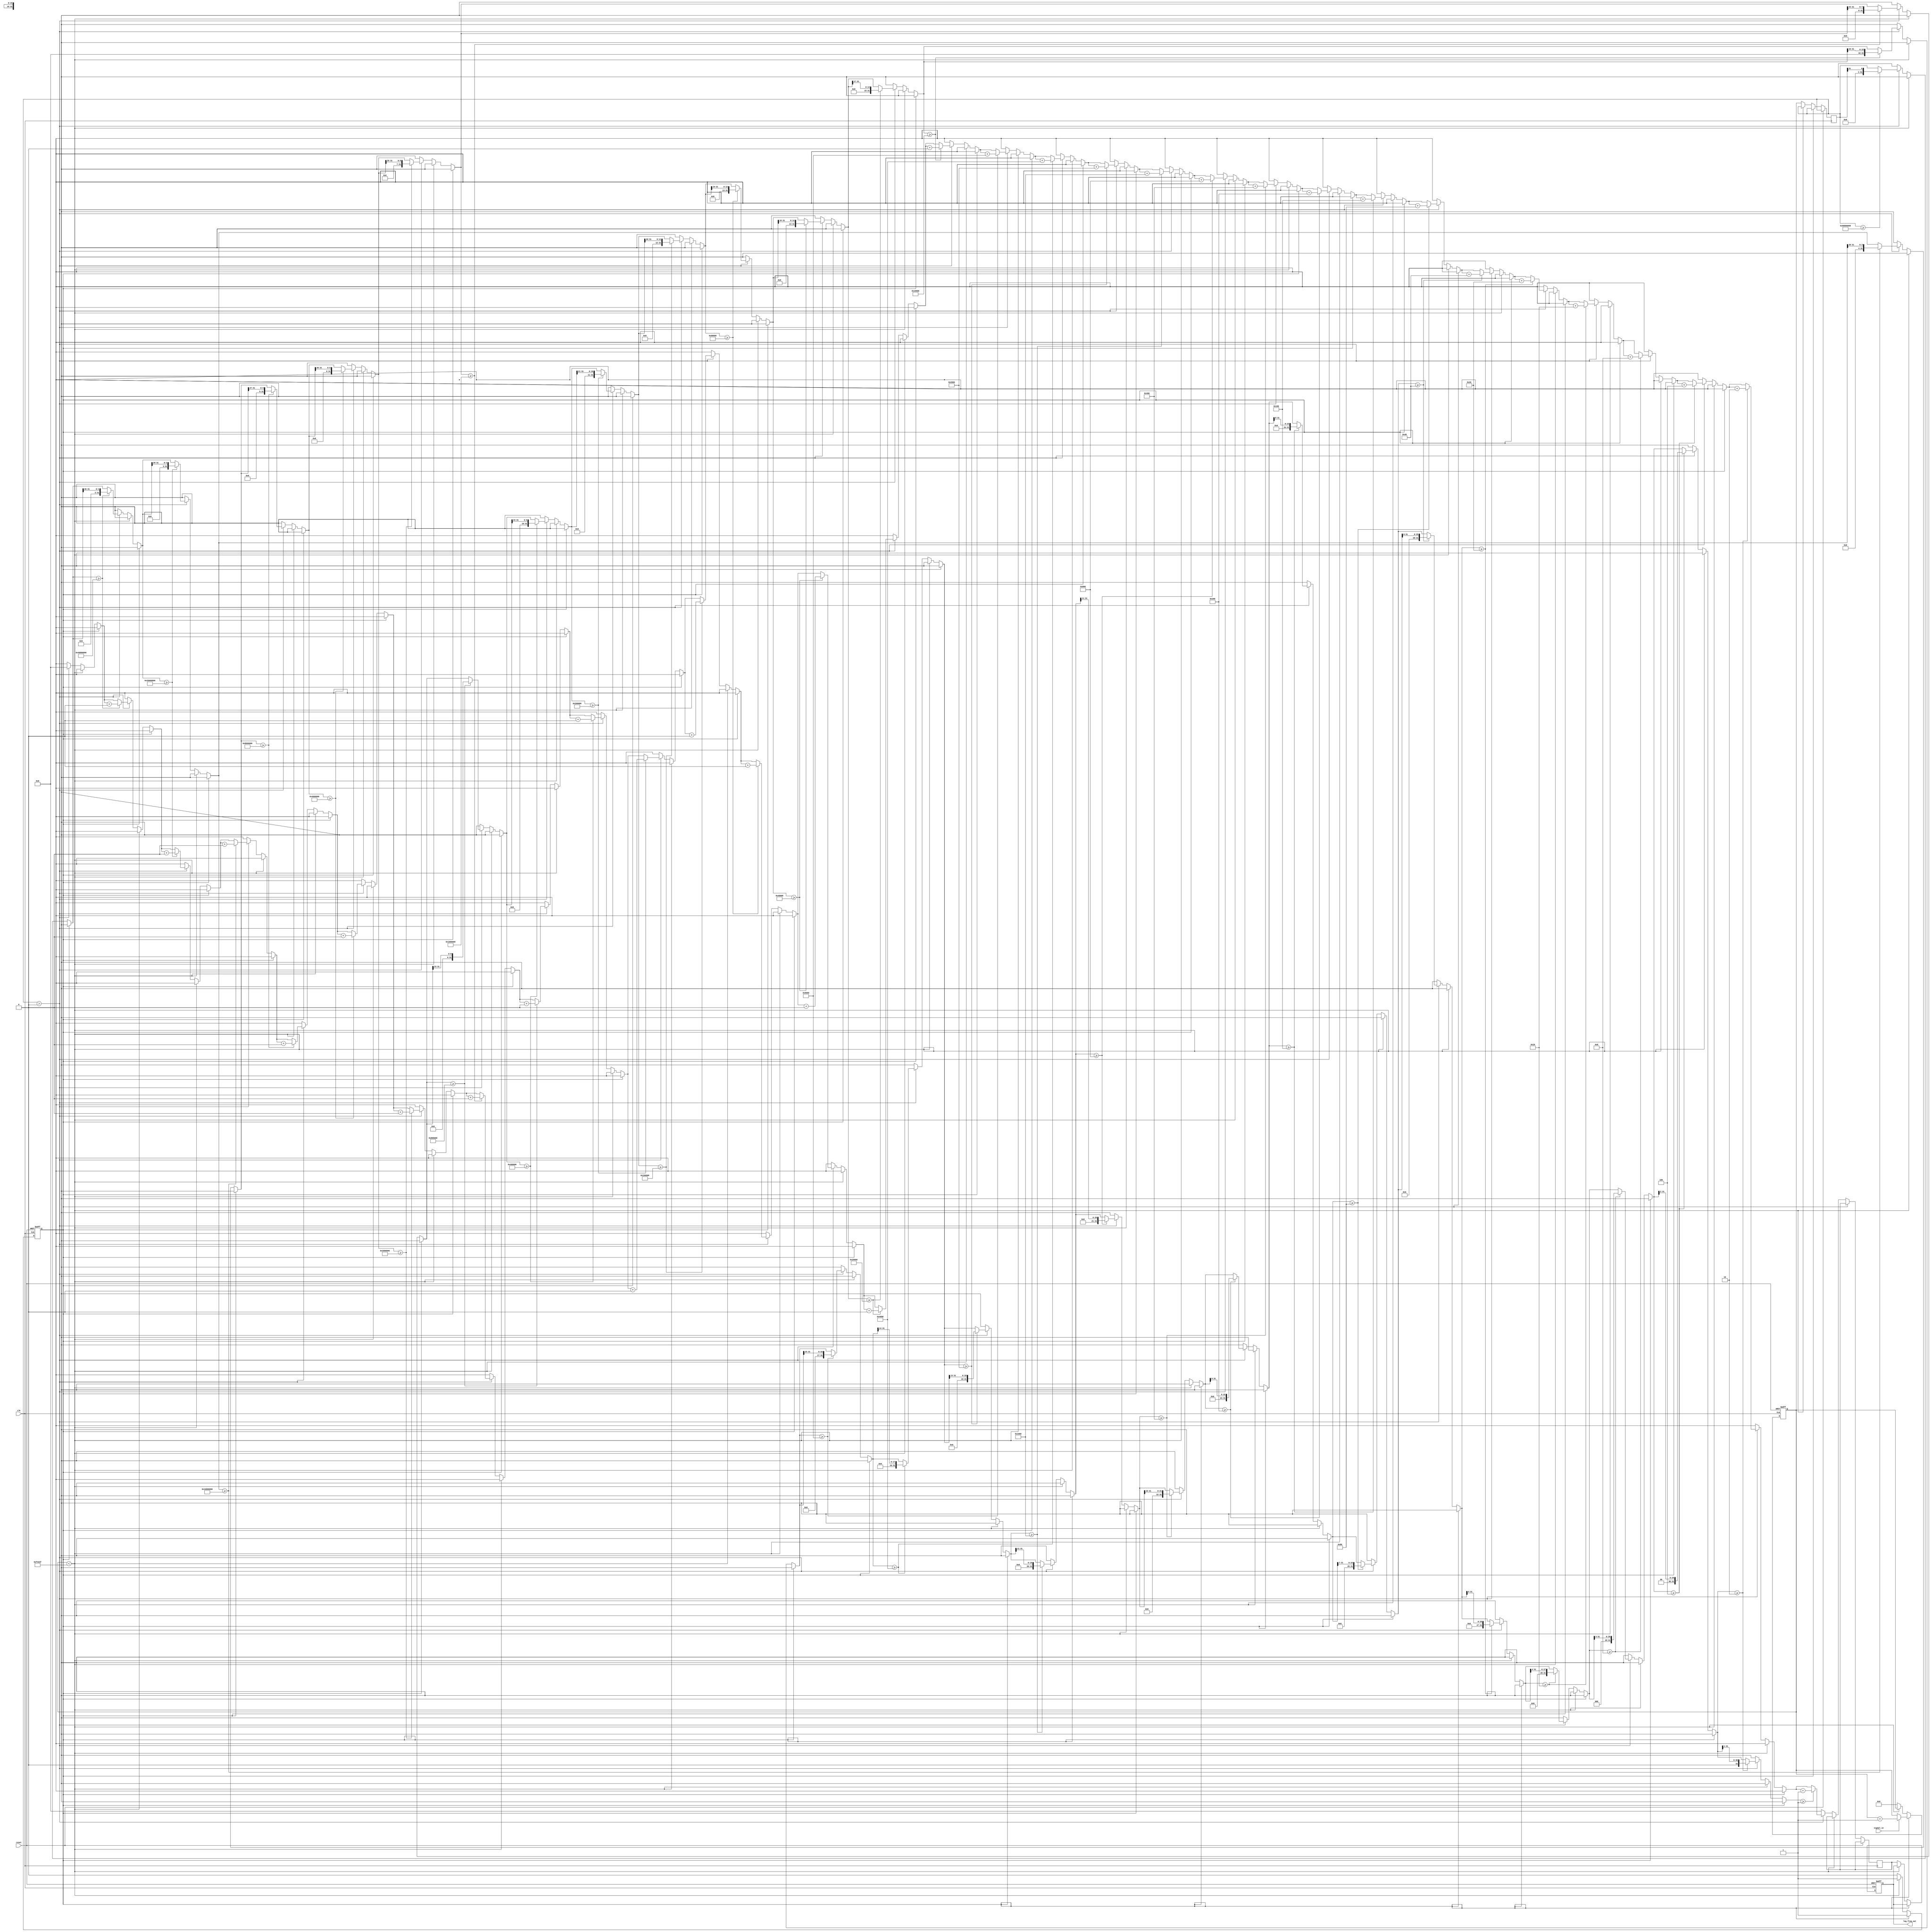
module LogarithmicFrequencyDetector (
    input wire clk,          // System clock
    input wire reset,        // Reset signal
    input wire signal_in,    // Input signal (digital)
    output reg [15:0] log_freq_out // Logarithmic frequency output
);

    // Parameters
    parameter TIME_PERIOD = 1000000; // Measurement time period in clock cycles
    parameter LOG_SCALE_MAX = 16'hFFFF; // Maximum value for logarithmic scale

    // Internal signals
    reg [31:0] count; // Cycle count
    reg [31:0] freq;  // Frequency value
    reg [15:0] log_freq; // Logarithmic frequency value
    reg measuring; // State variable for measuring frequency

    // Frequency Measurement Module
    always @(posedge clk or posedge reset) begin
        if (reset) begin
            count <= 0;
            measuring <= 0;
            log_freq_out <= 0;
        end else begin
            if (measuring) begin
                if (signal_in) begin
                    count <= count + 1;
                end
            end else begin
                // Start measuring after TIME_PERIOD
                if (count < TIME_PERIOD - 1) begin
                    measuring <= 1;
                end else begin
                    measuring <= 0;
                    freq <= count; // Store frequency count
                    count <= 0; // Reset count for next measurement
                    log_freq <= log2(freq); // Convert frequency to logarithmic scale
                    log_freq_out <= log_freq; // Output the logarithmic frequency
                end
            end
        end
    end

    // Logarithmic Conversion Function (simple approximation)
    function [15:0] log2(input [31:0] value);
        integer i;
        reg [15:0] result;
        begin
            result = 0;
            if (value > 0) begin
                for (i = 31; i >= 0; i = i - 1) begin
                    if (value >= (1 << i)) begin
                        value = value >> i;
                        result = result + (1 << i);
                    end
                end
            end
            log2 = result;
        end
    endfunction

endmodule